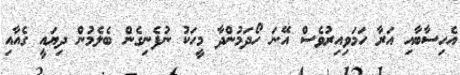
އެހިސާބާއި އަރާ ހަމަވިއިރުވެސް އޭނަ ހޯދަމުންދާ މީހަކު ނުފެނިގެން ބެލެމުން ދިޔައީ ގެއާއި